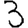
Digit: 3